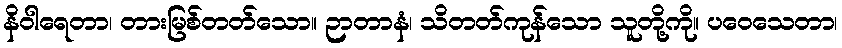
နိဝါရေတာ၊ တားမြစ်တတ်သော။ ဉာတာနံ၊ သိတတ်ကုန်သော သူတို့ကို။ ပဝေသေတာ၊